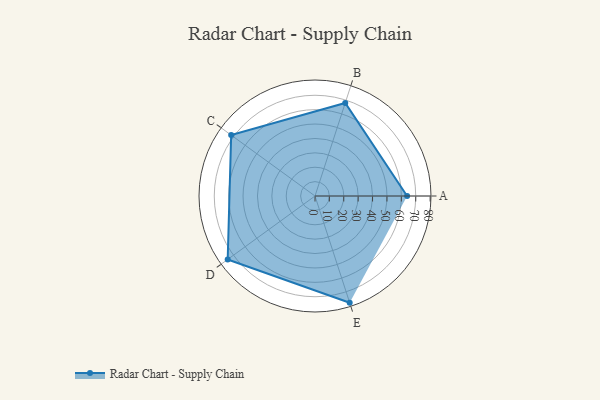
{"axis": {"x": "Skill", "y": "Score"}, "legend": ["Profile"], "data": [{"x": "A", "y": 64.0, "type": "Profile"}, {"x": "B", "y": 68.0, "type": "Profile"}, {"x": "C", "y": 72.0, "type": "Profile"}, {"x": "D", "y": 75.0, "type": "Profile"}, {"x": "E", "y": 78.0, "type": "Profile"}]}